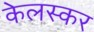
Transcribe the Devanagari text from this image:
केलस्कर